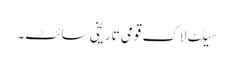
سیلٹ لاک قومی تاریخی سائٹ۔